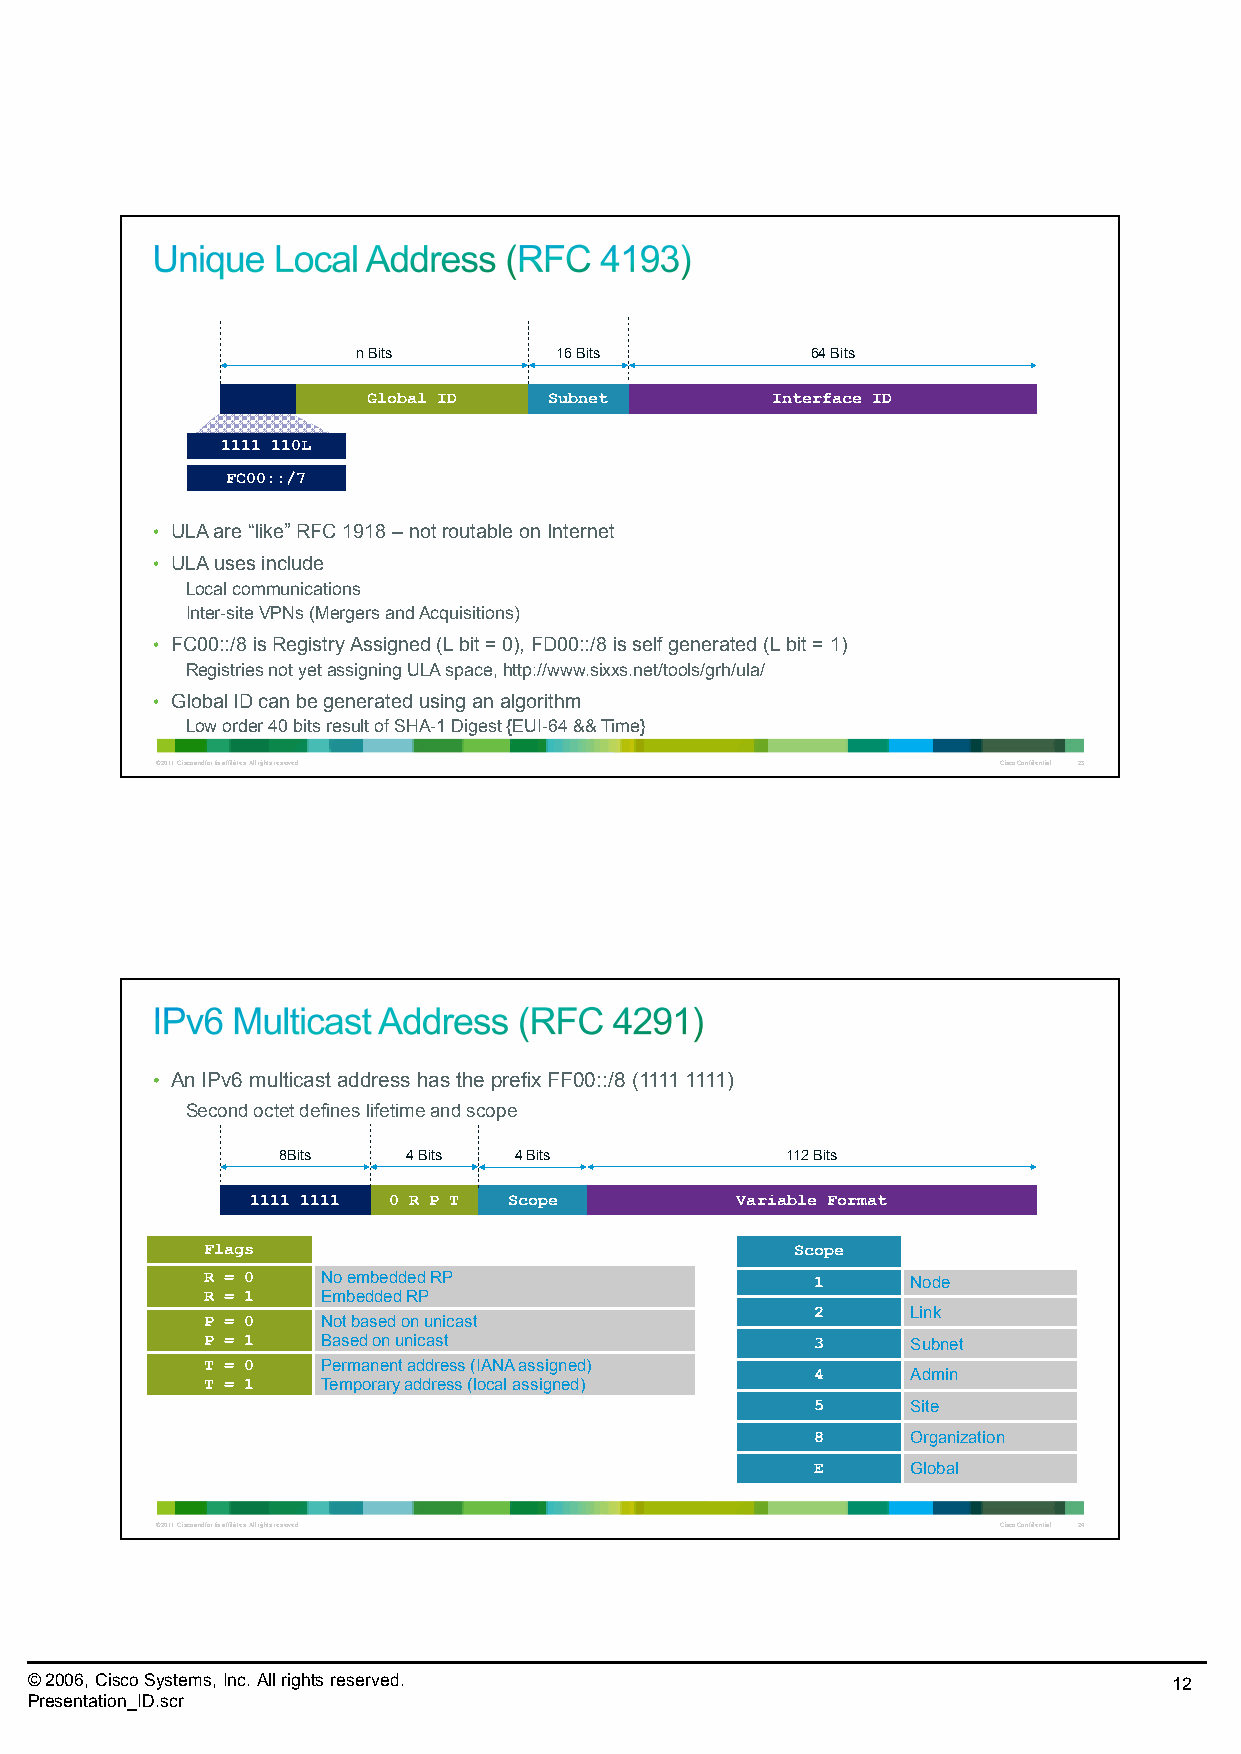
n Bits       16 Bits          64 Bits
 Global ID   Subnet         Interface ID
 1111 110L
 FC00::/7
 • ULAare “like” RFC 1918 –not routable on Internet
 • ULAuses include
 Local communications
 Inter-site VPNs(Mergers and Acquisitions)
 • FC00::/8 is Registry Assigned (L bit = 0), FD00::/8 is self generated (L bit = 1)
 Registries not yet assigning ULAspace, http://www.sixxs.net/tools/grh/ula/
 • Global ID can be generated using an algorithm
 Low order 40 bits result of SHA-1 Digest {EUI-64 && Time}
 © 2011 Cisco and/or its affiliates. All rights reserved. Cisco Confidential 23
 • An IPv6 multicast address has the prefix FF00::/8 (1111 1111)
 Second octet defines lifetime and scope
 8Bits    4 Bits 4 Bits            112 Bits
 1111 1111 0 R P T Scope         Variable Format
 Flags                                   Scope
 R = 0   No embedded RP                   1     Node
 R = 1   Embedded RP
 2     Link
 P = 0   Not based on unicast
 P = 1   Based on unicast                 3     Subnet
 T = 0   Permanent address (IANAassigned)
 4     Admin
 T = 1   Temporary address (local assigned)
 5     Site
 8     Organization
 E     Global
 © 2011 Cisco and/or its affiliates. All rights reserved. Cisco Confidential 24
 © 2006, Cisco Systems, Inc. All rights reserved.                            12
 Presentation_ID.scr